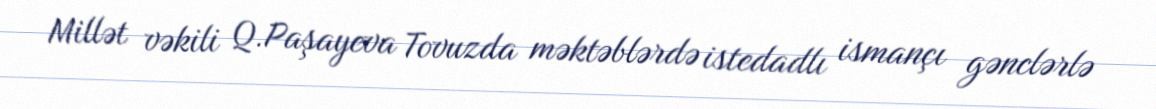
Millət vəkili Q.Paşayeva Tovuzda məktəblərdə istedadlı ismançı gənclərlə